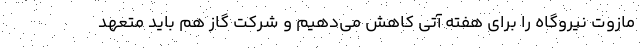
مازوت نیروگاه را برای هفته آتی کاهش می‌دهیم و شرکت گاز هم باید متعهد